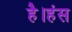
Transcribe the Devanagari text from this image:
है।हंस